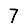
Digit: 7